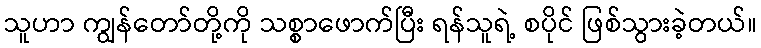
သူဟာ ကျွန်တော်တို့ကို သစ္စာဖောက်ပြီး ရန်သူရဲ့ စပိုင် ဖြစ်သွားခဲ့တယ်။